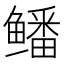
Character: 𱈕